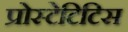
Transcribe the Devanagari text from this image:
प्रोस्टेटिटिस